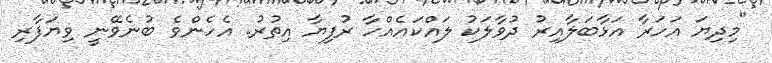
"މިދިޔަ އަހަރާ އަޅާބަލާއިރު ދުވާލަކު ލައްކައެއްހާ ރުފިޔާ އިތުރު. އެހެންވެ ބުނެވޭނީ ވިޔަފާރި